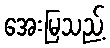
အေးမြသည့်